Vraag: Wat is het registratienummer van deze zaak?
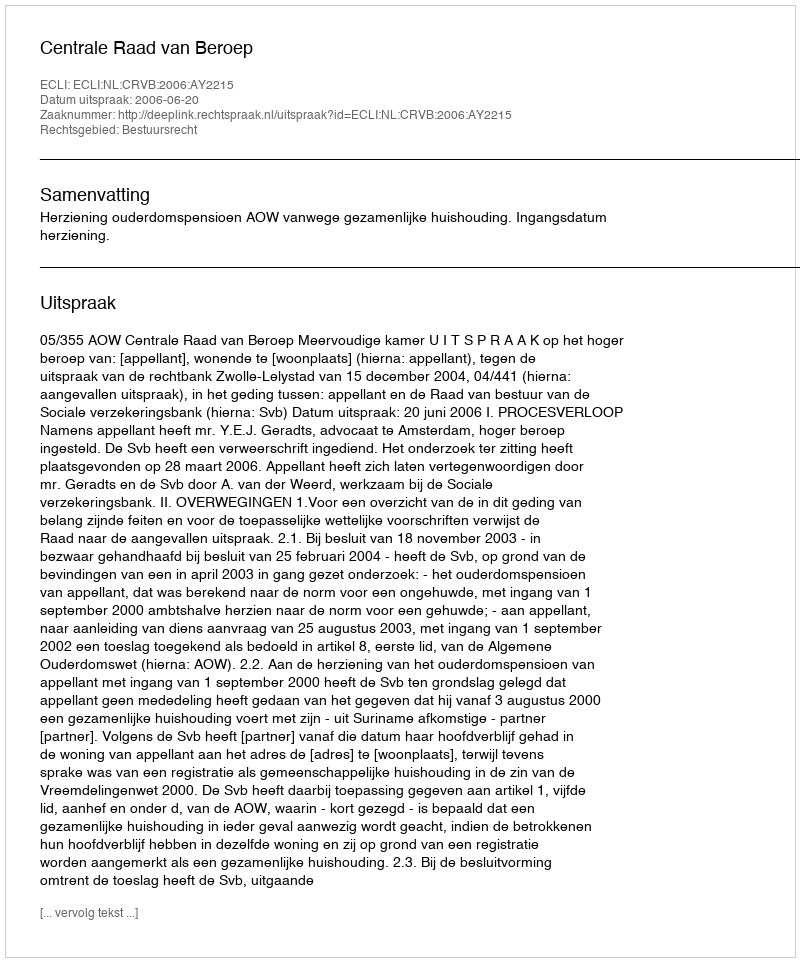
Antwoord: http://deeplink.rechtspraak.nl/uitspraak?id=ECLI:NL:CRVB:2006:AY2215